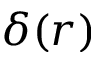
\delta ( r )